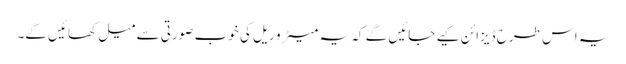
یہ اس طرح ڈیزائن کیے جائیں گے کہ یہ میٹرو ریل کی خوب صورتی سے میل کھائیں گے۔